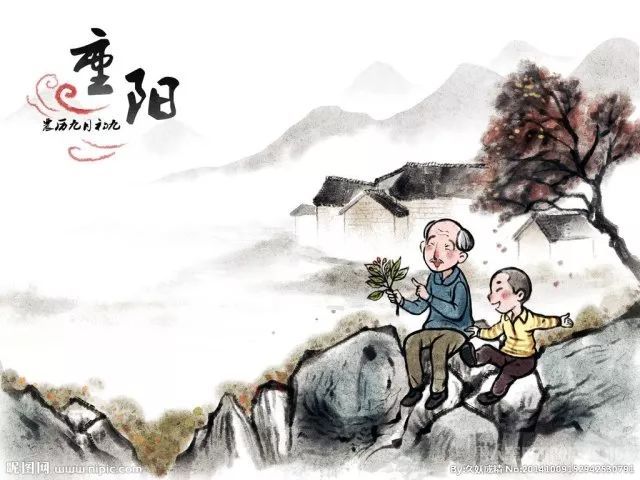
细看茱萸一笑，诗翁健似常年。